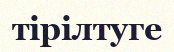
тірілтуге